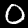
Digit: 0